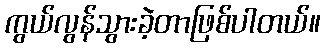
ကွယ်လွန်သွားခဲ့တာဖြစ်ပါတယ်။